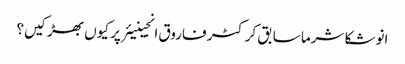
انوشکا شرما سابق کرکٹر فاروق انجینیئر پر کیوں بھڑکیں؟